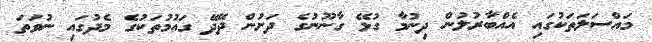
މައްސަލަތަކުގައި އެއްބާރުލުން ދިނުމާ ގުޅޭ ގާނޫނުގެ ދަށުން ދޭދޭ ގައުމުތަކުގެ މެދުގައި ނުވަތަ